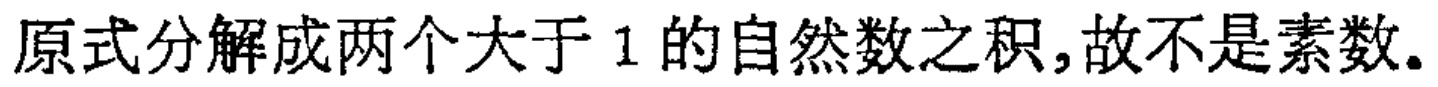
原式分解成两个大于 \(1\) 的自然数之积,故不是素数.